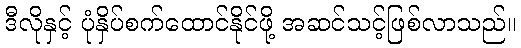
ဒီလိုနှင့် ပုံနှိပ်စက်ထောင်နိုင်ဖို့ အဆင်သင့်ဖြစ်လာသည်။